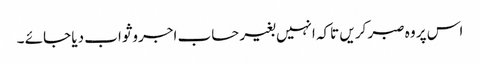
اس پر وہ صبر کریں تاکہ انہیں بغیر حساب اجروثواب دیا جائے ۔